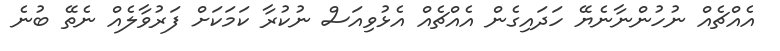
އެއްޗެއް ނުހުންނާނެޔޭ ހަދައިގެން އެއްޗެއް އެޅުވިއަސް ނުކުރާ ކަމަކަށް ފަރުވާލެއް ނެތޭ ބުނެ